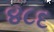
૪૮દ